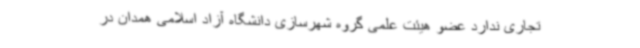
تجاری ندارد عضو هیئت علمی گروه شهرسازی دانشگاه آزاد اسلامی همدان در